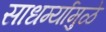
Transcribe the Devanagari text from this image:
साधर्म्यामुळे